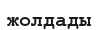
жолдады